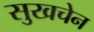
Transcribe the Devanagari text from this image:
सुखचेन